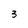
Character: 3